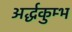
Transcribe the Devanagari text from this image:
अर्द्धकुम्भ